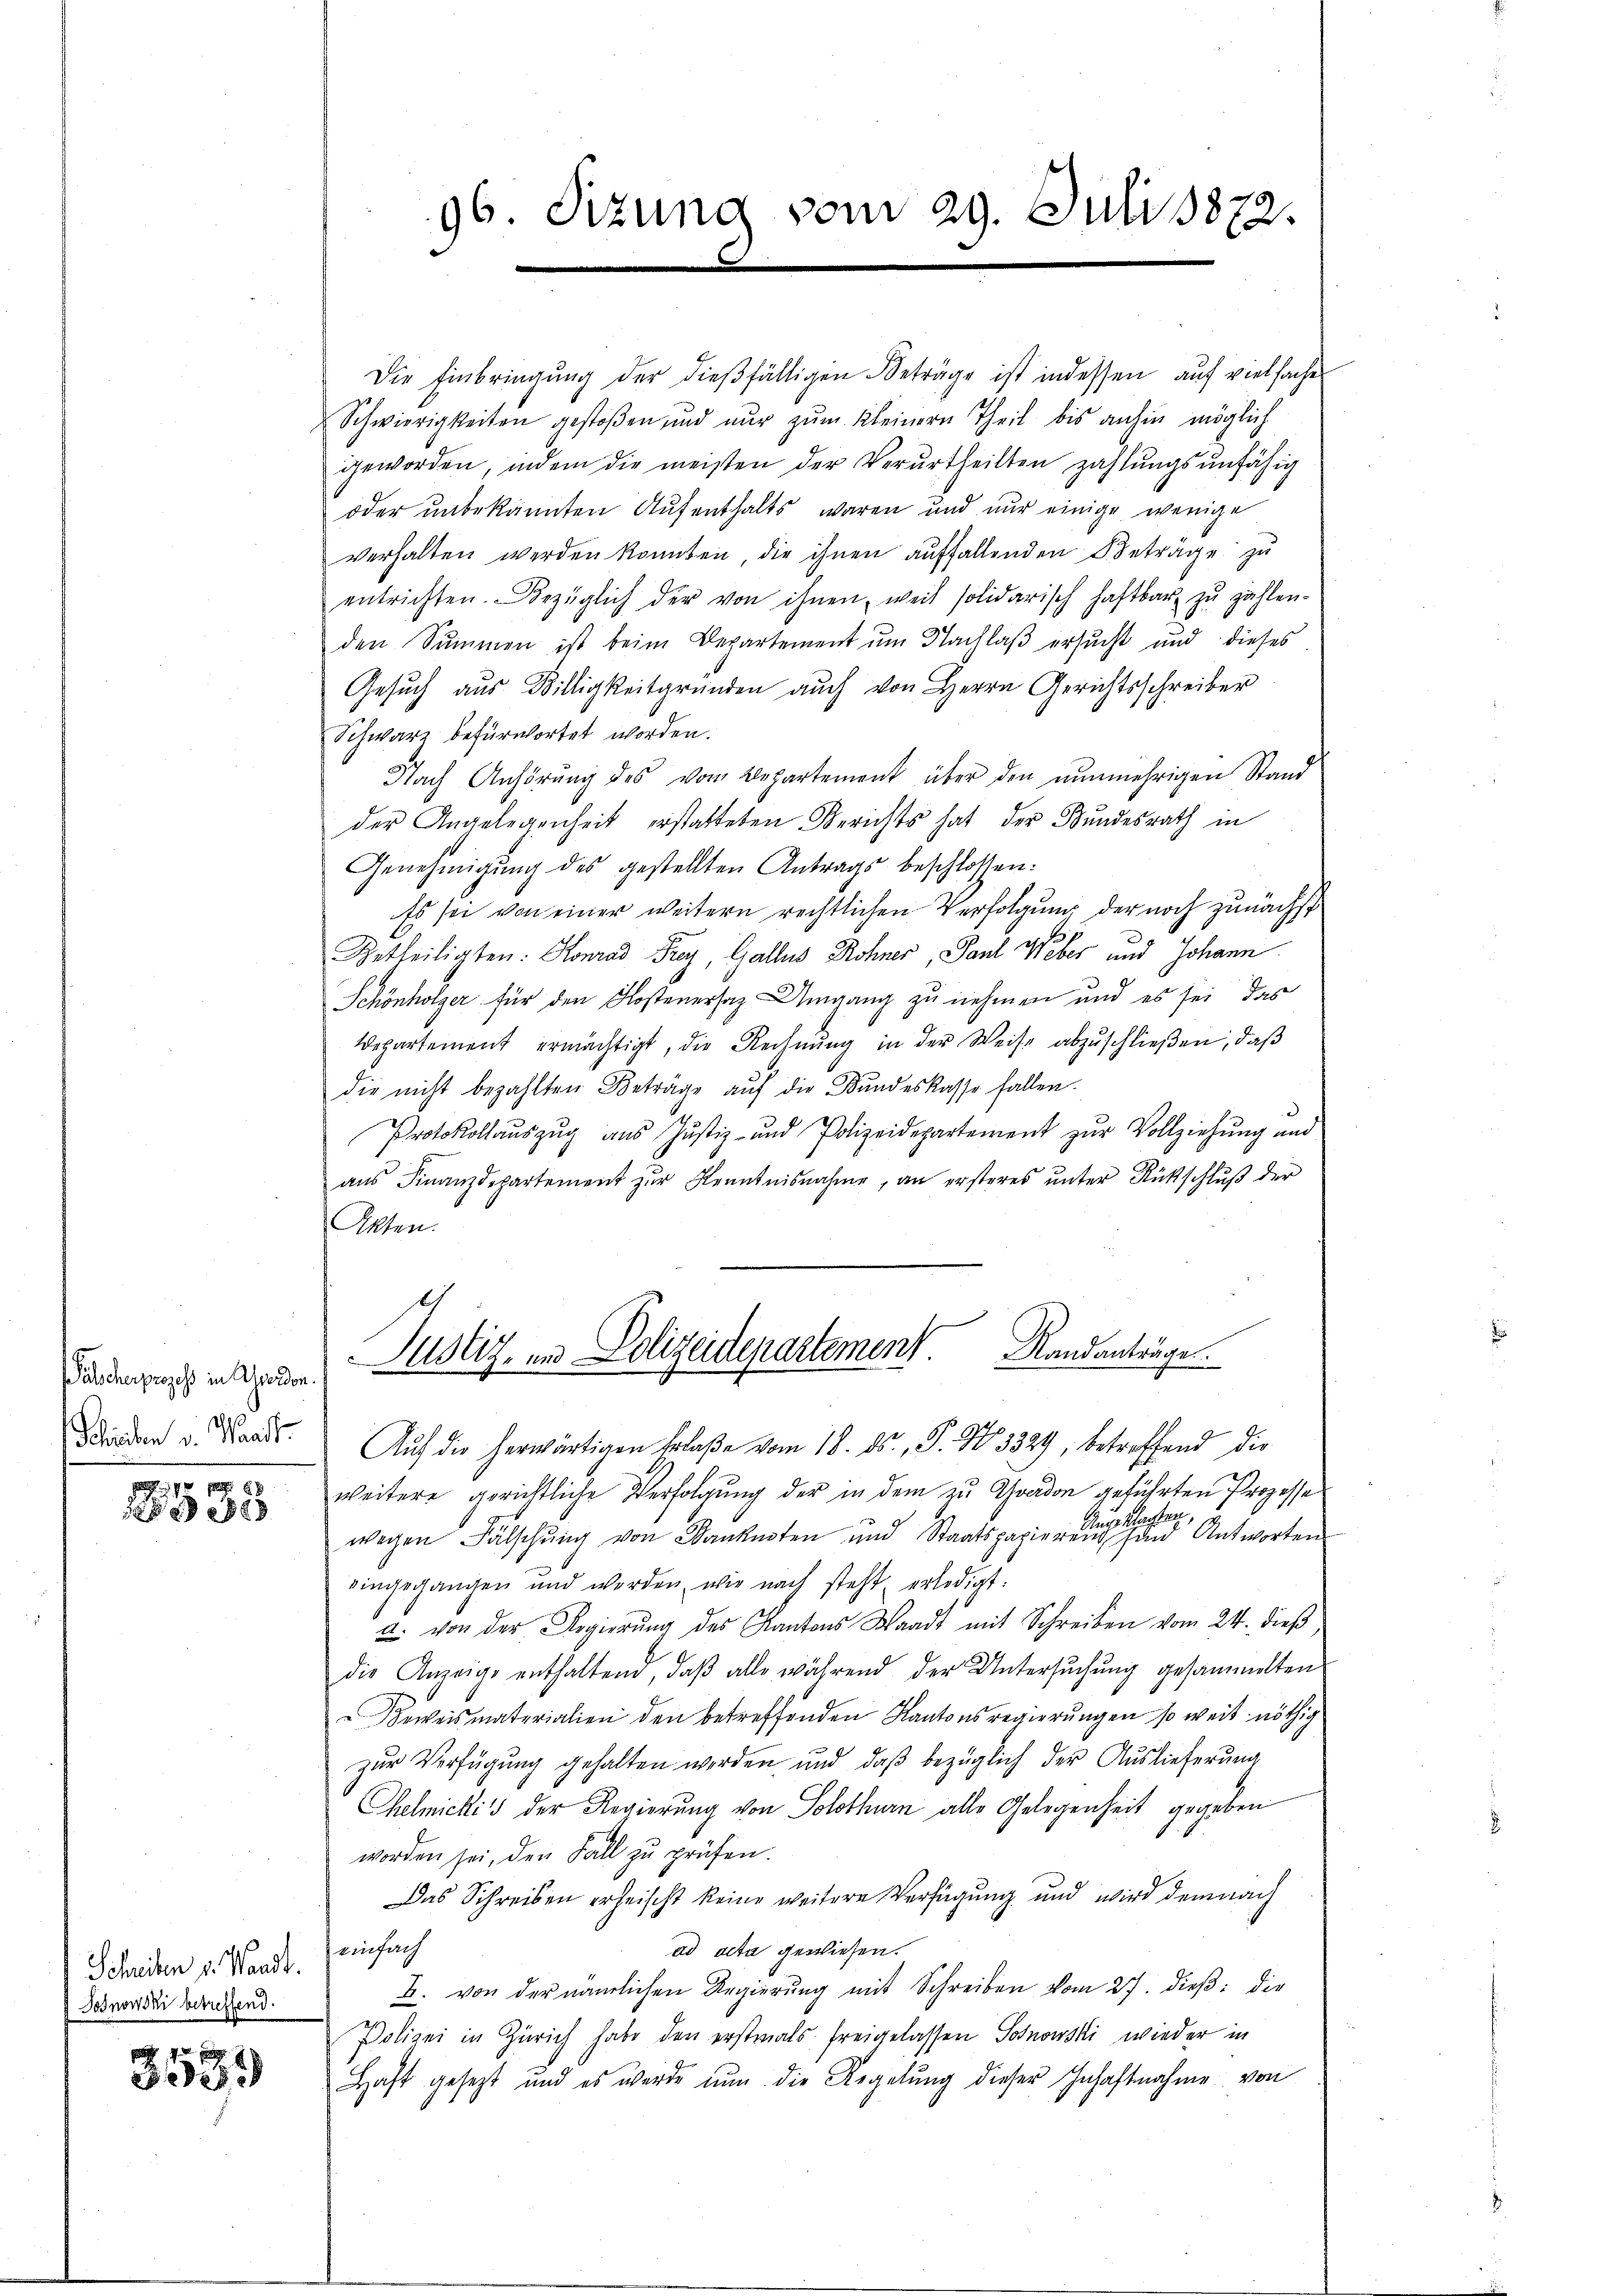
Pascherpraechs in werden.
Schreiben v. Waadt.
9

1385

Schreiben v. Waadt.
Todnowski betreffend.

x
e

96. Sizung vom 29. Juli 1872.

Die Einbringŭng der dießfälligen Beträge ist indessen auf vielfache
Schwierigkeiten gestoβen und nŭr zŭm Kleinern Theil bis anhin möglich
geworden, indem die meisten der Verurtheilten zahlungsunfähig
oder unbekannten Aufenthalts waren und nur einige wenige
verhalten werden konnten, die ihnen aŭffallenden Beträge zu
entrichten. Bezüglich der von ihnen, weil solidarisch haftbar zŭ zählen-
den Summen ist beim Departement um Nachlaß ersucht und dieses
Gesuch aus Billigkeitgründen auch von Herrn Gerichtsschreiber
Schwarz befürwortet worden.
Nach Anhörŭng des vom Departement über den nunmehrigen Stand
der Angelegenheit erstatteten Berichts hat der Bundesrath in
Genehmigung des gestellten Antrags beschlossen:
Es sei von einer weitern rechtlichen Verfolgung der noch zunächst
b
Betheiligten: Konrad Frey, Galles Rohner, Paul Weber und Johann
Schönholzer für den Kostenersaz Umgang zu nehmen und es sei, das
Wepartement ermächtigt, die Rechnŭng in der Weise abzŭschlieβen, daβ
die nicht bezahlten Beträge aŭf die Bundeskasse fallen.
Protokollaŭszŭg aŭs Jŭstiz- und Polizeidepartement zŭr Vollziehŭng und
aus Finanzdepartement zur Kenntnisnahme, an ersteres unter Rückschluß der
Akten.
Justiz- und Polizeidepartement. Sandanträge
Auf die herwärtigen Erlaße vom 18. ds., P. No 3329, betreffend die
weitere gerichtliche Verfolgung der in dem zu Graden geführten Prozesse
Nachlag
n
wegen Fälschung von Banknoten und Staatspapierend sind Antworten
eingegangen und werden, wie nach steht erledigt.
u. von der Regierŭng des Kantons Waadt mit Schreiben vom 24. dieß
die Anzeige enthaltend, daß alle während der Untersuchung gesammelten
Beweismaterialien den betreffenden Kantonsregierungen so weit nöthig
zur Verfügung gehalten werden und daβ bezüglich der Auslieferung
Chelmicki's der Regierung von Solothurn alle Gelegenheit gegeben
worden sei, den Fall zu prüfen.
Das Schreiben erheischt keine weitere Verfügung und wird demnach
einfach
ad acta gewiesen.
B. von der nämlichen Regierŭng mit Schreiben vom 27. dieß: die
Polizei in Zürich habe den erstmals freigelassen Sohnowski wieder in
Haft gesetzt und es werde nun die Regelŭng dieser Inhaftnahme von